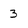
Character: 3